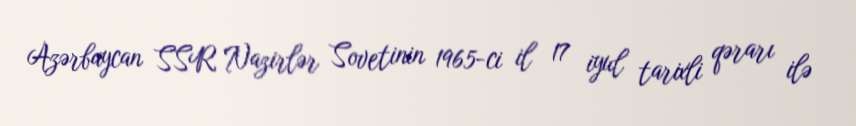
Azərbaycan SSR Nazirlər Sovetinin 1965-ci il 17 iyul tarixli qərarı ilə